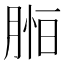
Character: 𦜷